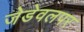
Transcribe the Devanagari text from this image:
जेडेवलपर